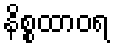
နိစ္စထာဝရ